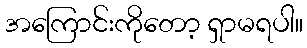
အကြောင်းကိုတော့ ရှာမရပါ။